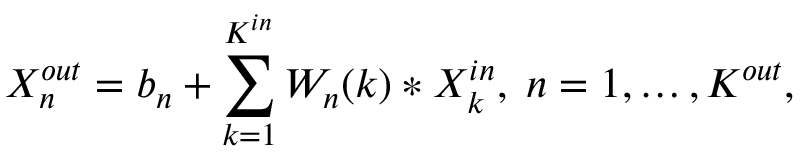
X _ { n } ^ { o u t } = b _ { n } + \sum _ { k = 1 } ^ { K ^ { i n } } W _ { n } ( k ) * X _ { k } ^ { i n } , \; n = 1 , \dots , K ^ { o u t } ,